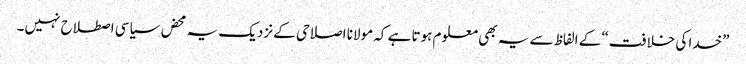
”خدا کی خلافت“ کے الفاظ سے یہ بھی معلوم ہوتا ہے کہ مولانا اصلاحی کے نزدیک یہ محض سیاسی اصطلاح نہیں۔